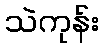
သဲကုန်း